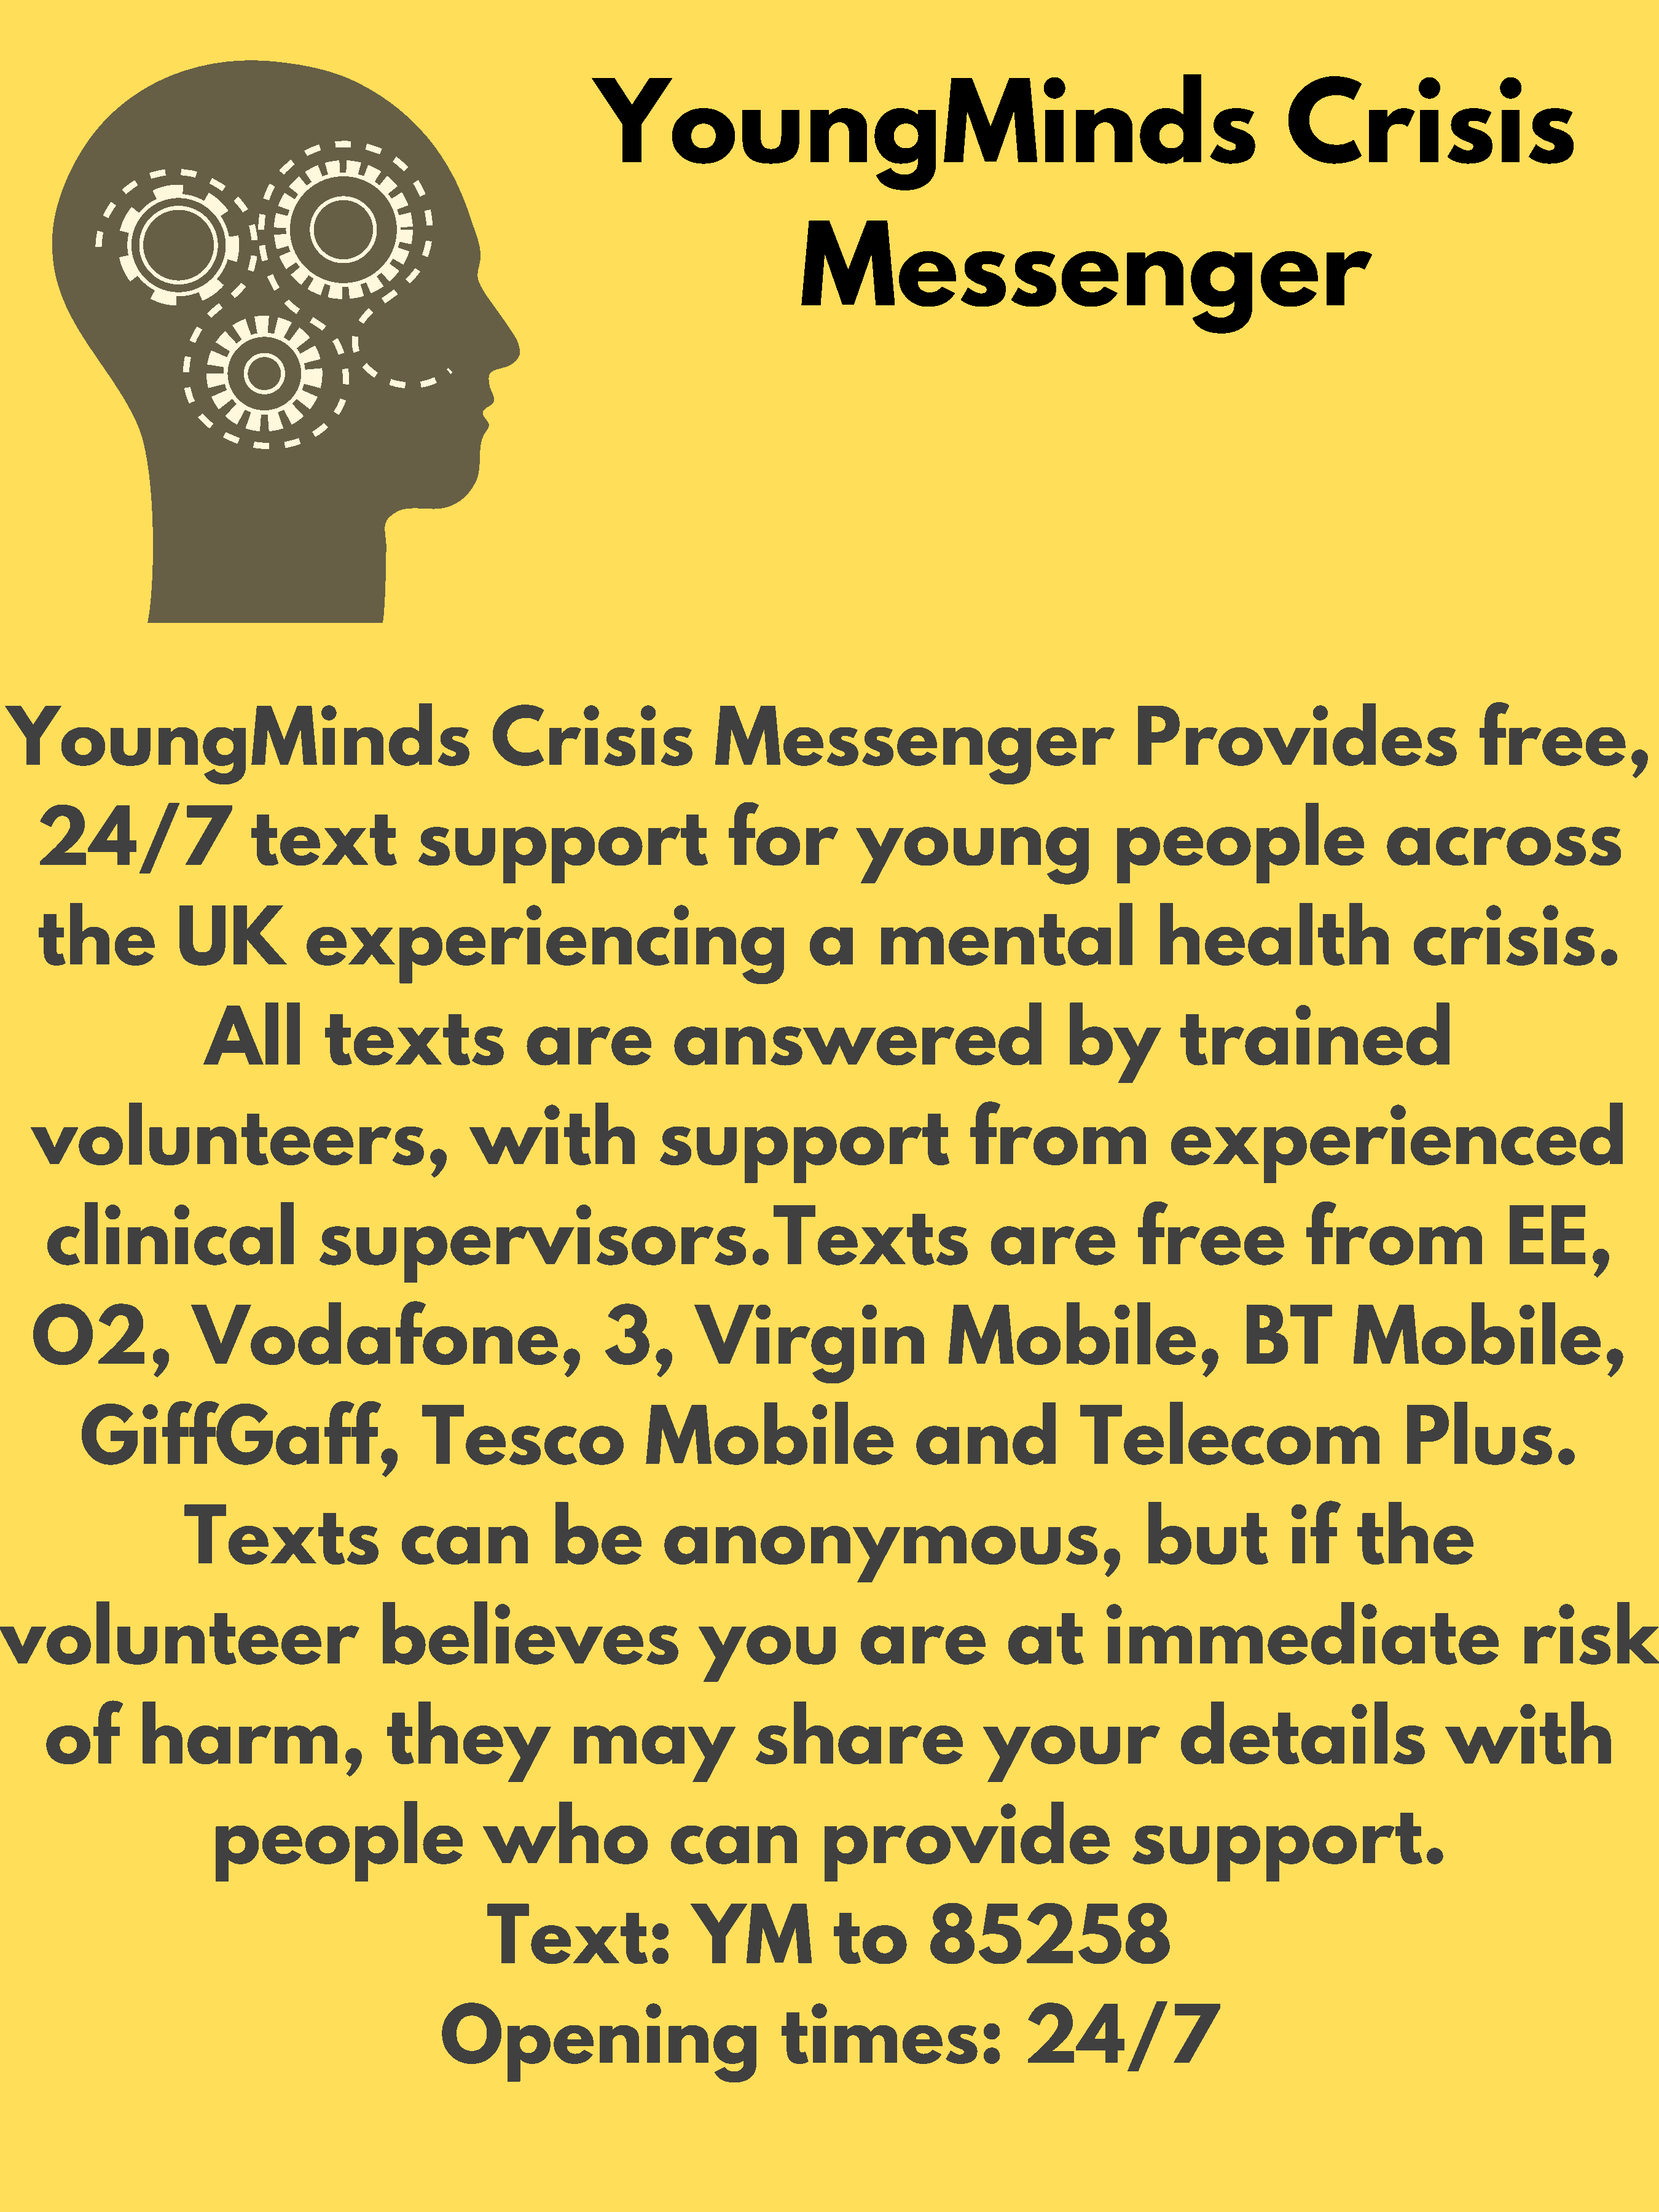
YoungMinds                                                                 Crisis
 Messenger
 YoungMinds                                          Crisis                  Messenger                                    Provides                             free,
 24/7                   text              support                          for           young                       people                       across
 the            UK            experiencing                                          a      mental                         health                     crisis.
 All          texts                 are            answered                                   by          trained
 volunteers,                                     with                support                          from                  experienced
 clinical                     supervisors.Texts                                                        are            free               from                 EE,
 O2,               Vodafone,                                   3,        Virgin                     Mobile,                         BT          Mobile,
 GiffGaff,                           Tesco                   Mobile                        and              Telecom                            Plus.
 Texts                  can             be          anonymous,                                          but             if     the
 volunteer                                believes                          you               are            at         immediate                                    risk
 of        harm,                      they               may                 share                    your                 details                      with
 people                       who                 can             provide                           support.
 Text:                  YM             to        85258
 Opening                              times:                    24/7